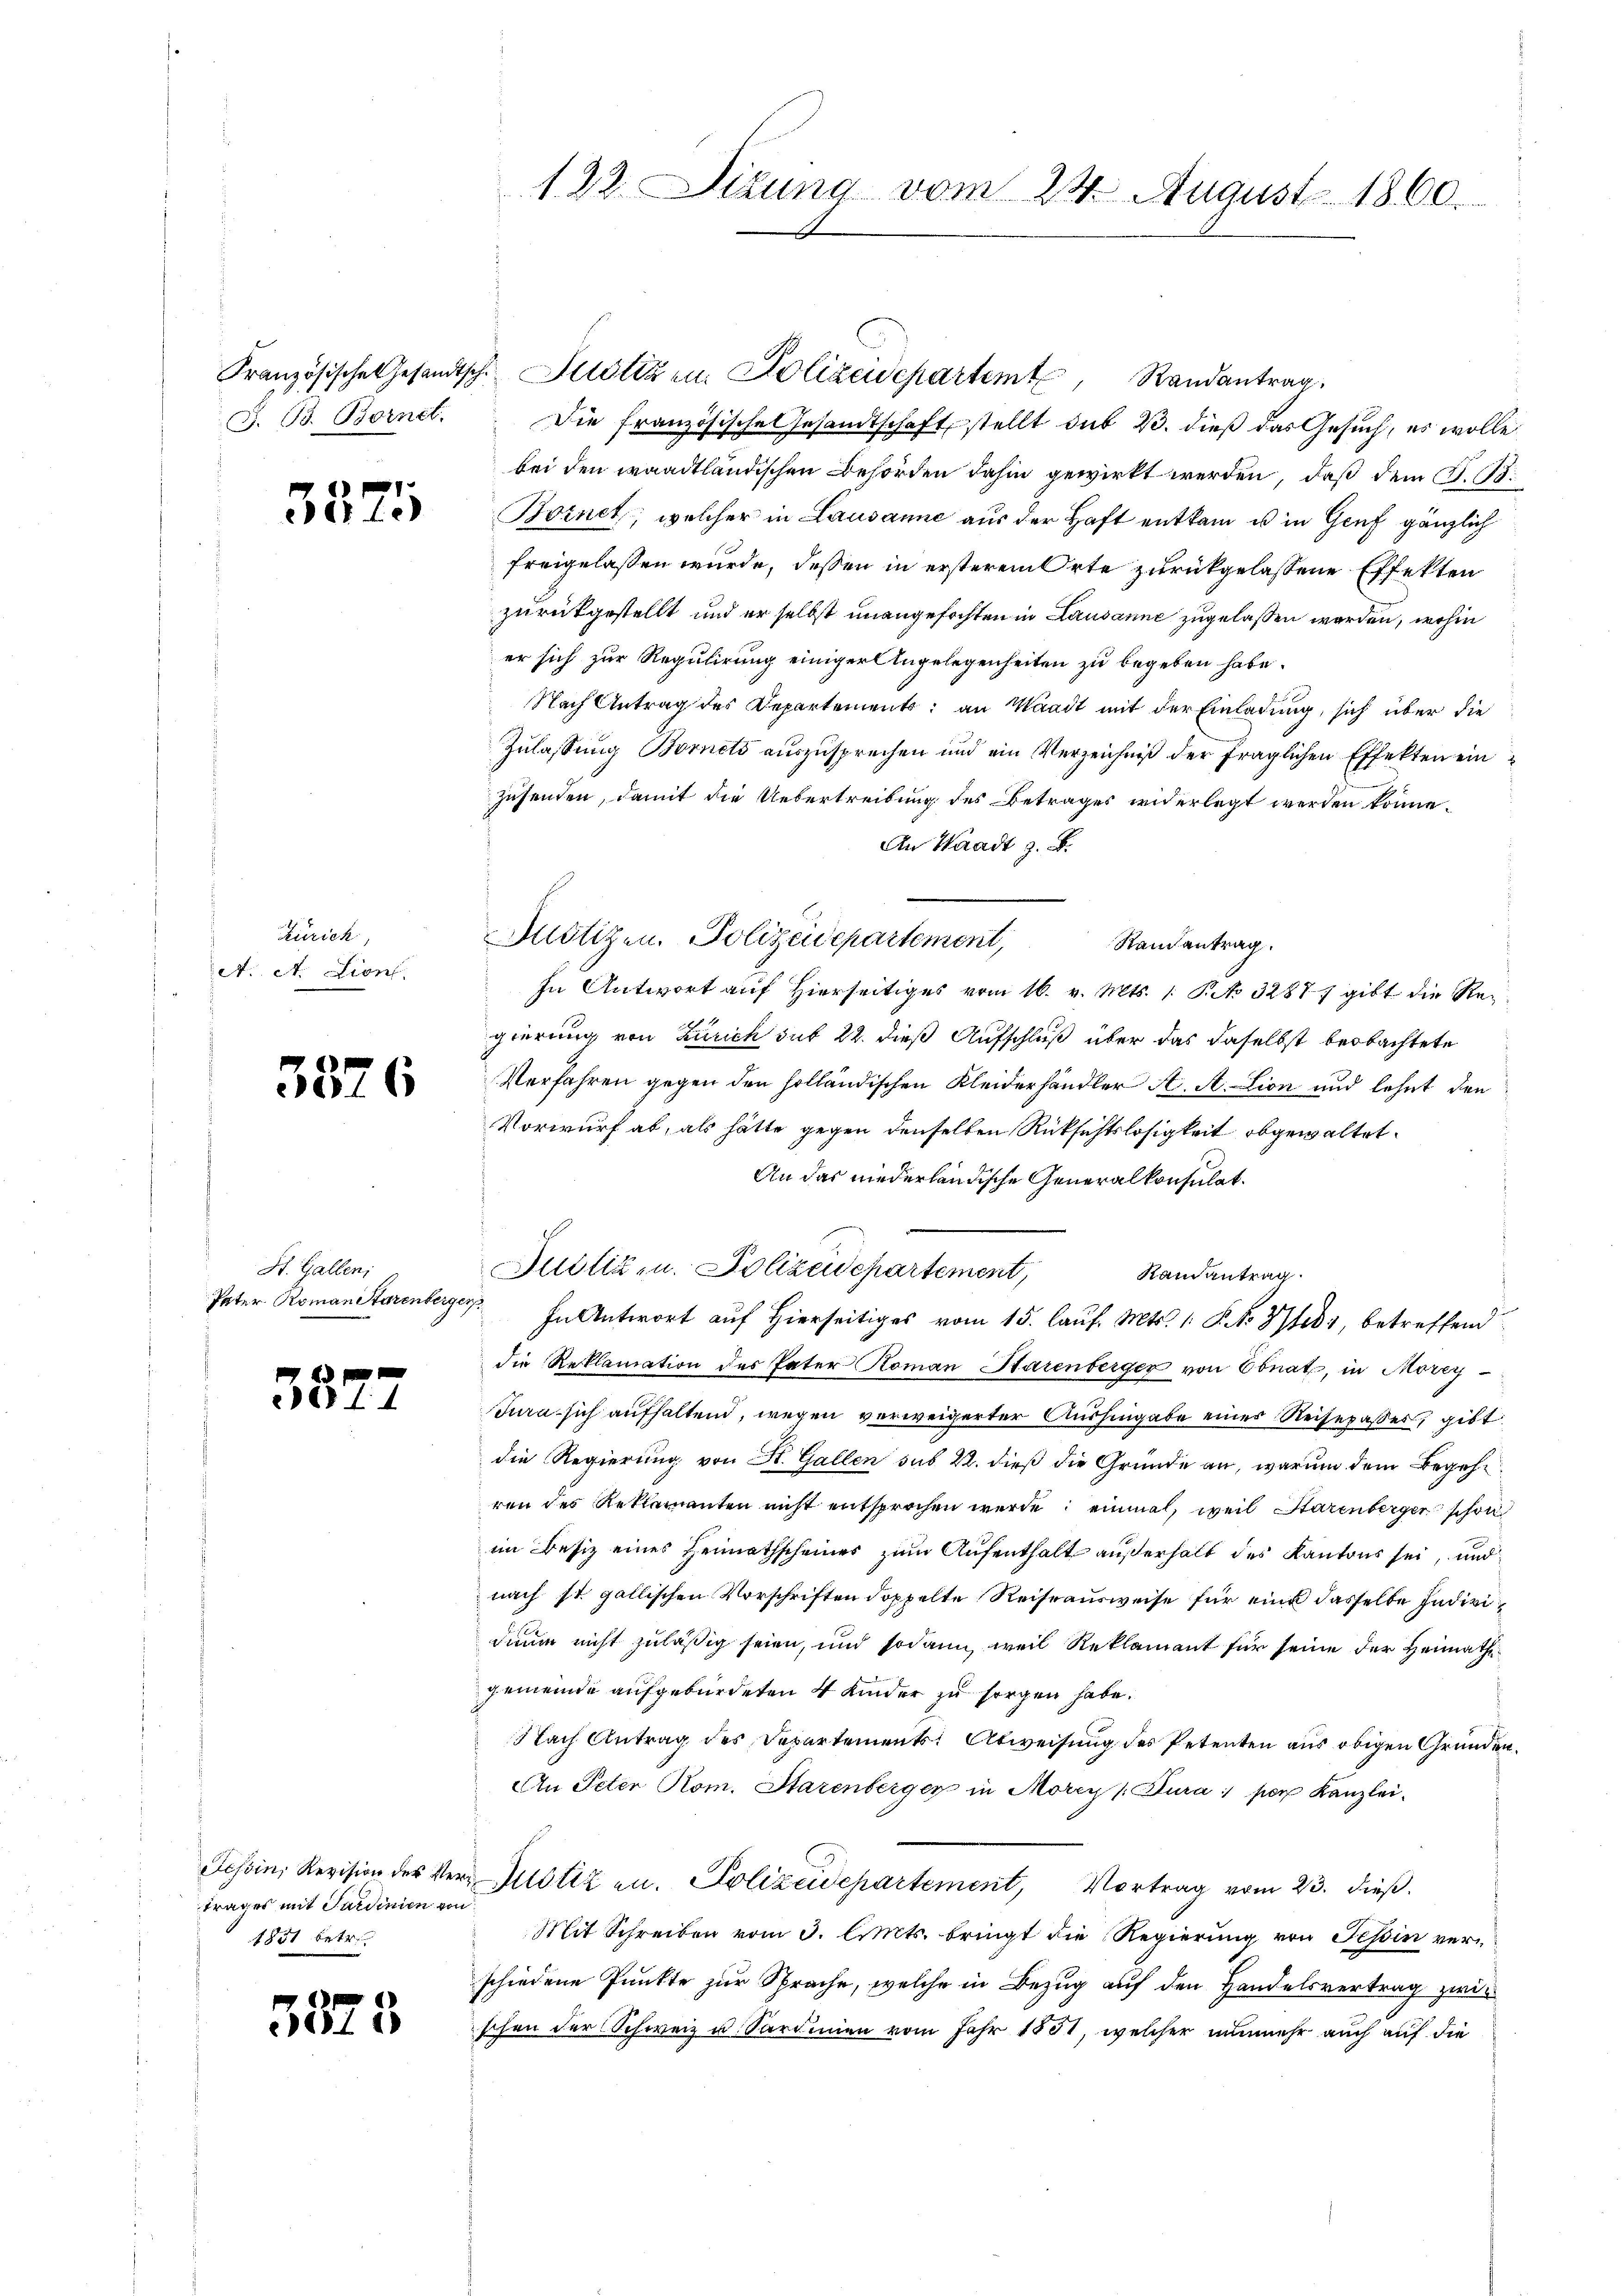
J. B. Bornet.

3325

Zürich,
A. A. Lion.

5326

St. Gallen;
Pater Roman Starenberger

5872

Tessin, Revision der Vertrages mit Sardinien vor
1851 betr.

5375

122. Dilung vom 24. August 1860.

Französische Gesandtsch. Allotiz u. Polizeidepartemt, Randantrag
Die französische Gesandtschaft stellt sub 23. dieß das Gesuch, es wolle
bei den waadtländischen Behörden dahin gewirkt werden, daß dem J. 18.
Bornet, welcher in Lausanne aus der Haft entkam es in Genf gänzlich
freigelassen würde, dessen in ersterem Orte zurückgelassene Effekten
zurückgestellt und er selbst unangefochten in Lausanne zugelassen werden, wohin
er sich zur Regulirung einiger Angelegenheiten zu begeben habe.
Nach Antrag des Departements; an Waadt mit der Einladung, sich über die
Zulassung Bornets auszusprechen und ein Verzeichniß der fraglichen Effekten ein
zusenden, damit die Uebertreibung des Betrages widerlegt werden könne.
An Waadt z. B.
Jotizen, Polizeidepartement, Randantrag.
In Antwort auf Hierseitiges vom 16. v. Mts. 1 Pto 3288. gibt die Regierung von Zürich sub 22. dieß Aufschluß über das daselbst beobachtete
Verfahren gegen den holländischen Kleiderhändler A. A. Lion und lehnt den
Vorwurf ab, als hätte gegen denselben Rücksichtslosigkeit abgewaltet.
An das niederländische Generalkonsulat.
Juiligen. Polizeidepartement,
Ramantrag
In Antwort auf Hierseitiges vom 15. Lauf. Mts. 1. P. No Merz, betreffend
die Reklamation des Pater Koman Starenberger von Ebnat, in Morey-
Jura sich aufhaltend, wegen verweigerter Aushingabe einer Reisepasser, gibt
die Regierung von St. Gallen sub 22. dieß die Gründe an, warum dem Begehe
ren des Reklamanten nicht entsprochen werde; einmal, weil Starenberger schon
im Besiz eines Heimathscheines zum Aufenthalt außerhalb des Kantons sei, und
nach st. gallischen Vorschriften doppelte Reiseausweise für eine dasselbe Individium nicht zuläßig seien, und sodann, weil Reklamant für seine der Heimathgemeinde aufgebürdeten 4 Kinder zu sorgen habe.
Nach Antrag des Departements: Abweisung des Petenten aus obigen Gründen¬
An Peter Rom. Starenberger in Morry (Tura, per Kanzlei-
 Motiz an. Polizeidepartement, Vortrag vom 23. dieß.
t
Mit Schreiben vom 3. Amts. bringt die Regierung von Tessin verschiedene Punkte zur Sprache, welche in Bezug auf den Handelsvertrag zwiischen der Schweiz u. Sardinien vom Jahr 1831, welcher nunmehr auch auf die